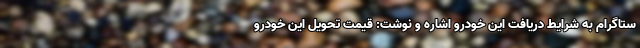
ستاگرام به شرایط دریافت این خودرو اشاره و نوشت: قیمت تحویل این خودرو